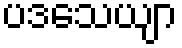
ပဒသေယျာ